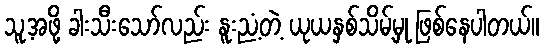
သူ့အဖို့ ခါးသီးသော်လည်း နူးညံ့တဲ့ ယုယနှစ်သိမ့်မှု ဖြစ်နေပါတယ်။